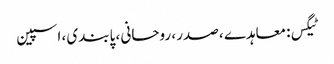
ٹیگس: معاہدے ، صدر ، روحانی ، پابندی ، اسپین